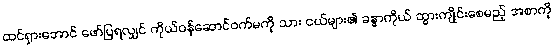
ထင်ရှားအောင် ဖော်ပြရလျှင် ကိုယ်ဝန်ဆောင်ဝက်မကို သား ငယ်များ၏ ခန္ဓာကိုယ် ထွားကျိုင်းစေမည့် အစာကို